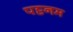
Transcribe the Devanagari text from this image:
पट्टनम